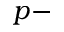
p -